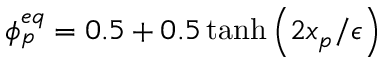
\phi _ { p } ^ { e q } = 0 . 5 + 0 . 5 \operatorname { t a n h } \left( 2 x _ { p } / \epsilon \right)